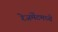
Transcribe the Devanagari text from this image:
रेजमेंटमध्ये